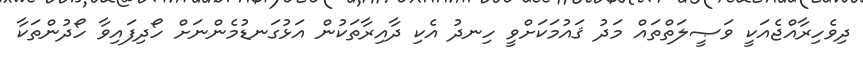
ދިވެހިރާއްޖެއަކީ ވަޞީލަތްތައް މަދު ޤައުމަކަށްވީ ހިނދު އެކި ދާއިރާތަކުން އަޅުގަނޑުމެންނަށް ހޯދިފައިވާ ހޯދުންތަކާ